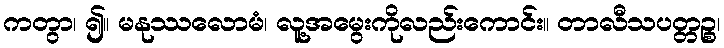
ကတွာ၊ ၍။ မနုဿလောမံ၊ လူ့အမွေးကိုလည်းကောင်း။ တာလီသပတ္တဉ္စ၊